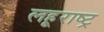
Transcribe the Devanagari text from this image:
लहूराष्ट्र